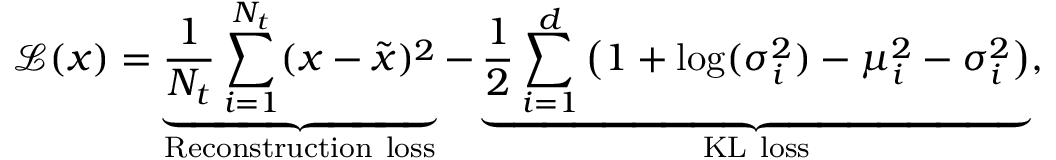
\mathcal { L } ( \boldsymbol { x } ) = \underbrace { \frac { 1 } { N _ { t } } \sum _ { i = 1 } ^ { N _ { t } } ( \boldsymbol { x } - \tilde { \boldsymbol { x } } ) ^ { 2 } } _ { \mathrm { R e c o n s t r u c t i o n ~ l o s s } } - \underbrace { \frac { 1 } { 2 } \sum _ { i = 1 } ^ { d } \big ( 1 + \log ( \sigma _ { i } ^ { 2 } ) - \mu _ { i } ^ { 2 } - \sigma _ { i } ^ { 2 } \big ) } _ { \mathrm { K L ~ l o s s } } ,